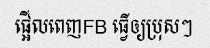
ផ្អើលពេញFB ធ្វើឲ្យប្រុសៗ